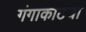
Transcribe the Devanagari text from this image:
गंगाकाठचा